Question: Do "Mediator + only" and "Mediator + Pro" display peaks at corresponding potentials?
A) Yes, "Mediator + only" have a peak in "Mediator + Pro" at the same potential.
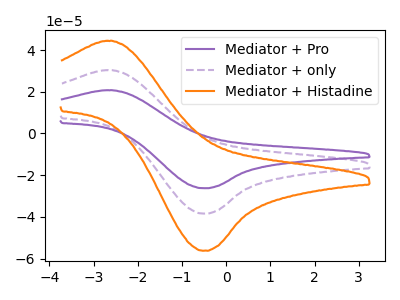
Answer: <think>The purple curve "Mediator + Pro" has an anodic peak at (-2.65V, 60.75uA) and a cathodic peak at (-0.50V, -76.85uA). The purple dashed curve "Mediator + only" has an anodic peak at (-2.65V, 30.40uA) and a cathodic peak at (-0.50V, -38.40uA). The orange curve "Mediator + Histadine" has an anodic peak at (-2.65V, 44.45uA) and a cathodic peak at (-0.50V, -56.20uA).</think>
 <answer>A) Yes, "Mediator + only" have a peak in "Mediator + Pro" at the same potential.</answer>
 <eval>A</eval>